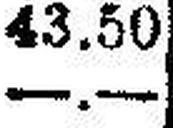
—.—